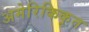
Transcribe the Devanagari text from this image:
अमेरिकिकृत